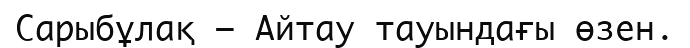
Сарыбұлақ – Айтау тауындағы өзен.